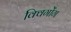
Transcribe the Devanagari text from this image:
क्विगोंग